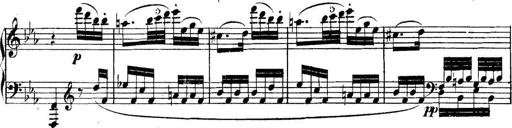
Title: Collected Piano Sonatas
Composer: Muzio Clementi